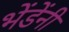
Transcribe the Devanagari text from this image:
भेंडेंनी